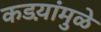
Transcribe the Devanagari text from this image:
कडय़ांमुळे